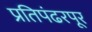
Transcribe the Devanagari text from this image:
प्रतिपंढरपूर